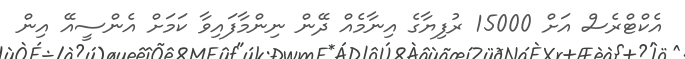
އެކްޓްރެސް އަށް 15000 ރުފިޔާގެ އިނާމެއް ދޭން ނިންމާފައިވާ ކަމަށް އެންސީއޭ އިން